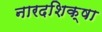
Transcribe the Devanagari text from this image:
नारदशिक्षा